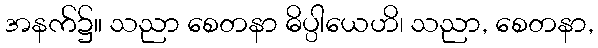
အနက်၌။ သညာ စေတနာ ဓိပ္ပါယေဟိ၊ သညာ, စေတနာ,